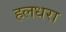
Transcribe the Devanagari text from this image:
हलधरा